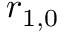
{ \boldsymbol { r } } _ { 1 , 0 }